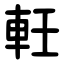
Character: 軠